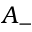
A _ { - }